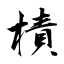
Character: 樍